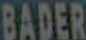
BADER